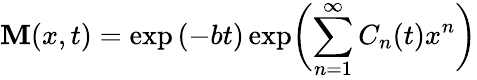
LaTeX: \mathbf{M}(x,t)=\exp{(-bt)}\exp\biggl(\sum_{n=1}^{\infty}C_{n}(t)x^{n}\biggr)